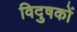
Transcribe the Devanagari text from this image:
विदुषकों